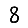
Digit: 8